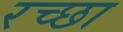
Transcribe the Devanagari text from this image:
रच्छा